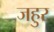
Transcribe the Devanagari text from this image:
जहुर